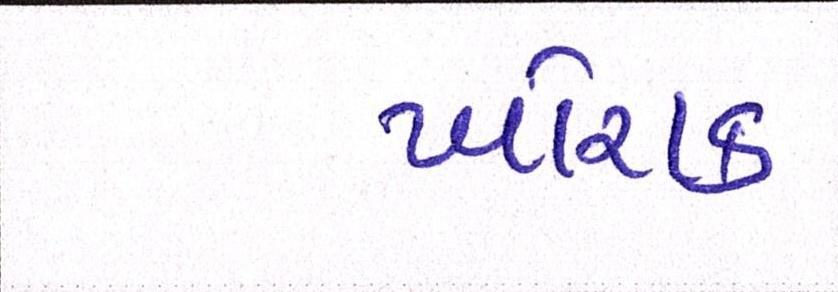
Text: ખોરાક